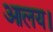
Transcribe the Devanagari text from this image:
आलय।